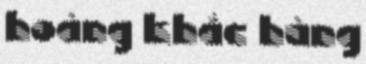
hoàng khắc hùng